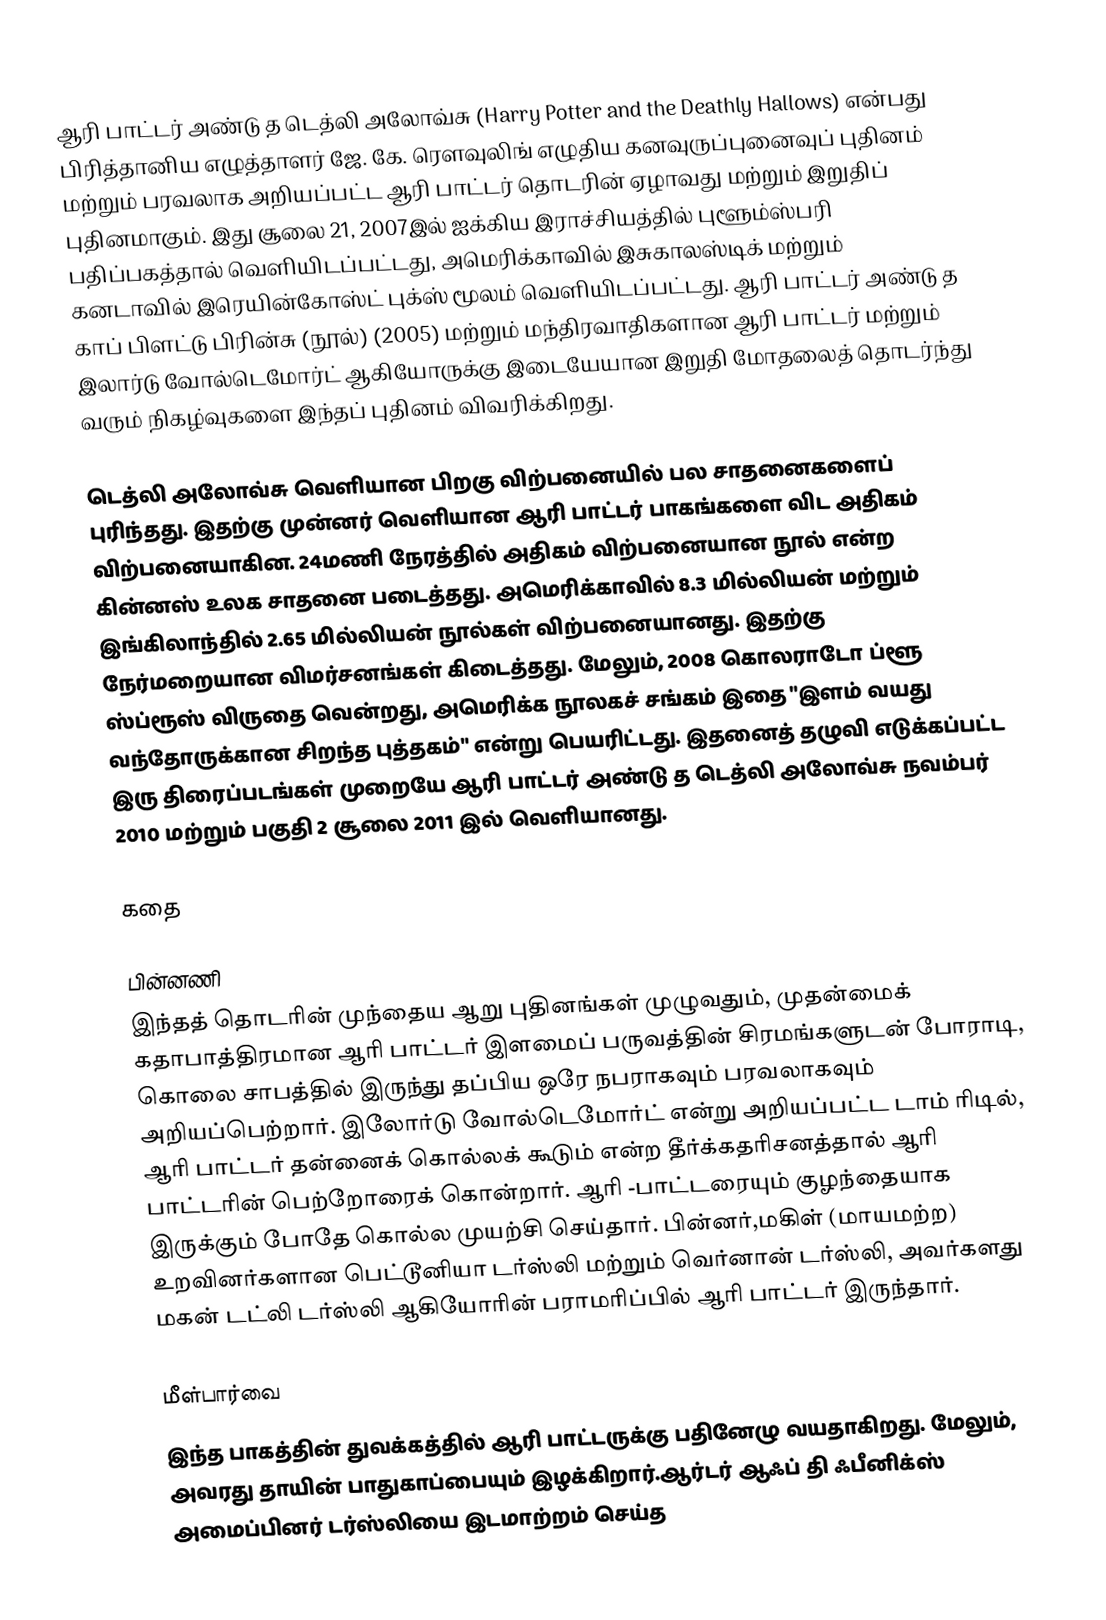
ஆரி பாட்டர் அண்டு த டெத்லி அலோவ்சு (Harry Potter and the Deathly Hallows) என்பது பிரித்தானிய எழுத்தாளர் ஜே. கே. ரெளவுலிங் எழுதிய  கனவுருப்புனைவுப் புதினம் மற்றும் பரவலாக அறியப்பட்ட ஆரி பாட்டர்  தொடரின் ஏழாவது மற்றும் இறுதிப் புதினமாகும். இது சூலை 21, 2007இல் ஐக்கிய இராச்சியத்தில் புளூம்ஸ்பரி பதிப்பகத்தால் வெளியிடப்பட்டது, அமெரிக்காவில் இசுகாலஸ்டிக் மற்றும் கனடாவில் இரெயின்கோஸ்ட் புக்ஸ் மூலம் வெளியிடப்பட்டது. ஆரி பாட்டர் அண்டு த காப் பிளட்டு பிரின்சு (நூல்) (2005) மற்றும் மந்திரவாதிகளான ஆரி பாட்டர் மற்றும் இலார்டு வோல்டெமோர்ட் ஆகியோருக்கு இடையேயான இறுதி மோதலைத் தொடர்ந்து வரும் நிகழ்வுகளை இந்தப் புதினம் விவரிக்கிறது.

டெத்லி அலோவ்சு வெளியான பிறகு விற்பனையில் பல சாதனைகளைப் புரிந்தது. இதற்கு முன்னர் வெளியான ஆரி பாட்டர் பாகங்களை விட அதிகம் விற்பனையாகின. 24மணி நேரத்தில் அதிகம் விற்பனையான நூல் என்ற கின்னஸ் உலக சாதனை படைத்தது. அமெரிக்காவில் 8.3 மில்லியன் மற்றும் இங்கிலாந்தில் 2.65 மில்லியன் நூல்கள் விற்பனையானது. இதற்கு நேர்மறையான விமர்சனங்கள் கிடைத்தது. மேலும், 2008 கொலராடோ ப்ளூ ஸ்ப்ரூஸ்  விருதை வென்றது, அமெரிக்க நூலகச் சங்கம் இதை "இளம் வயது வந்தோருக்கான சிறந்த புத்தகம்" என்று பெயரிட்டது. இதனைத் தழுவி எடுக்கப்பட்ட இரு திரைப்படங்கள் முறையே ஆரி பாட்டர் அண்டு த டெத்லி அலோவ்சு நவம்பர் 2010 மற்றும் பகுதி 2 சூலை 2011 இல் வெளியானது.

கதை

பின்னணி
இந்தத் தொடரின் முந்தைய ஆறு புதினங்கள் முழுவதும், முதன்மைக் கதாபாத்திரமான ஆரி பாட்டர் இளமைப் பருவத்தின் சிரமங்களுடன் போராடி, கொலை சாபத்தில் இருந்து தப்பிய ஒரே நபராகவும் பரவலாகவும் அறியப்பெற்றார். இலோர்டு வோல்டெமோர்ட் என்று  அறியப்பட்ட டாம் ரிடில், ஆரி பாட்டர் தன்னைக் கொல்லக் கூடும் என்ற தீர்க்கதரிசனத்தால் ஆரி பாட்டரின் பெற்றோரைக் கொன்றார். ஆரி -பாட்டரையும் குழந்தையாக இருக்கும் போதே கொல்ல முயற்சி செய்தார். பின்னர்,மகிள் (மாயமற்ற) உறவினர்களான பெட்டூனியா டர்ஸ்லி மற்றும் வெர்னான் டர்ஸ்லி, அவர்களது மகன் டட்லி டர்ஸ்லி ஆகியோரின் பராமரிப்பில் ஆரி பாட்டர் இருந்தார்.

மீள்பார்வை
இந்த பாகத்தின் துவக்கத்தில் ஆரி பாட்டருக்கு பதினேழு வயதாகிறது. மேலும், அவரது தாயின் பாதுகாப்பையும் இழக்கிறார்.ஆர்டர் ஆஃப் தி ஃபீனிக்ஸ் அமைப்பினர் டர்ஸ்லியை இடமாற்றம் செய்த